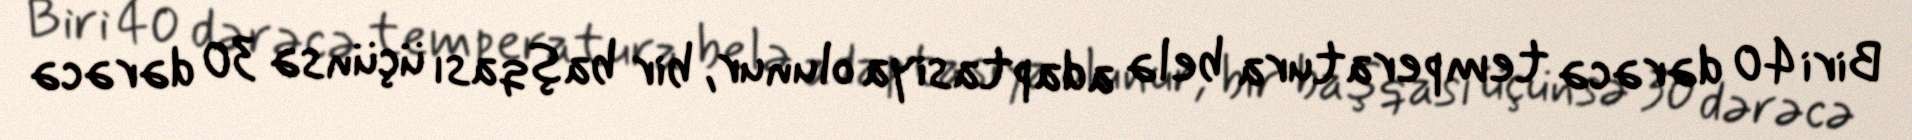
Biri 40 dərəcə temperatura belə adaptasiya olunur, bir başqası üçünsə 30 dərəcə